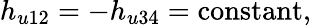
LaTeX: h_{u12}=-h_{u34}=\mathrm{constant},